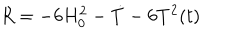
R = - 6 H _ { 0 } ^ { 2 } - \dot { T } - 6 T ^ { 2 } ( t )